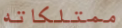
ممتلكاته